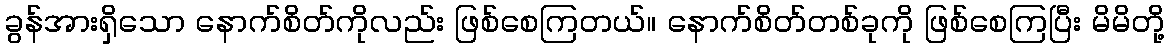
ခွန်အားရှိသော နောက်စိတ်ကိုလည်း ဖြစ်စေကြတယ်။ နောက်စိတ်တစ်ခုကို ဖြစ်စေကြပြီး မိမိတို့